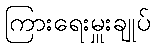
ကြားရေးမှူးချုပ်